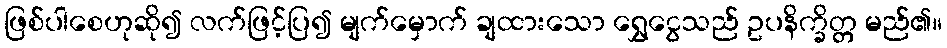
ဖြစ်ပါစေဟုဆို၍ လက်ဖြင့်ပြ၍ မျက်မှောက် ချထားသော ရွှေငွေသည် ဥပနိက္ခိတ္တ မည်၏။